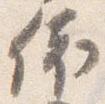
依